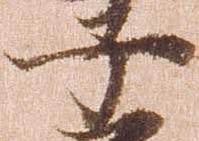
子